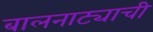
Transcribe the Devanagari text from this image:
बालनाट्याची